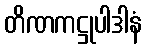
တိဏကဋ္ဌုပါဒါနံ